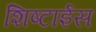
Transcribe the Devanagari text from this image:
शिष्टाईस